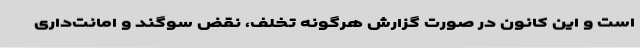
است و این کانون در صورت گزارش هرگونه تخلف، نقض سوگند و امانت‌داری